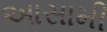
આસામી